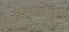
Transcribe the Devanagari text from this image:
भण्डारपुरी